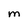
Character: M